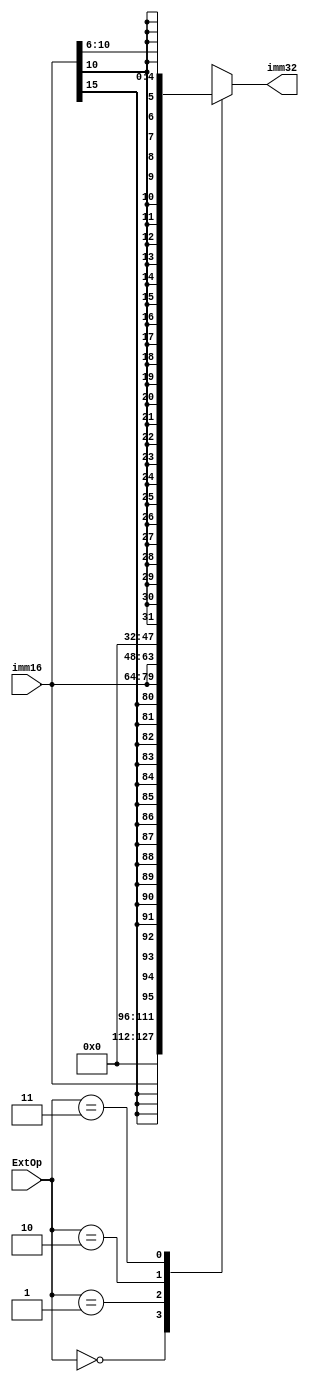
module ext(imm16,imm32,ExtOp);
  input [15:0]imm16;
  input [1:0]ExtOp;
  output reg[31:0]imm32;
  //set ZERO,SIGN
  parameter ZERO=2'b00;
  parameter SIGN=2'b01;
  parameter LUI=2'b10;
  parameter SHAMT=2'b11;
  //two conditions
  always@(*)begin
    case(ExtOp)
      ZERO:imm32={16'b0,imm16};
      SIGN:imm32={{16{imm16[15]}},imm16};
      LUI:imm32={imm16,16'b0};
      SHAMT:imm32={{27{imm16[10]}},imm16[10:6]};
    endcase
  end
endmodule